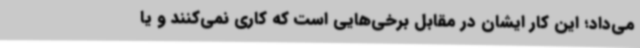
می‌داد؛ این کار ایشان در مقابل برخی‌هایی است که کاری نمی‌کنند و یا